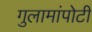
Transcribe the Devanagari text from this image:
गुलामांपोटी